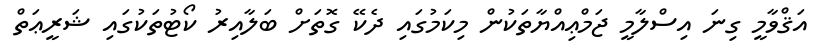
އަޤްވާމީ ގިނަ އިސްލާމީ ޖަމްޢިއްޔާތަކުން މިކަމުގައި ދެކޭ ގޮތަށް ބަލާއިރު ކޯޓުތަކުގައި ޝަރީޢަތް